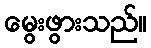
မွေးဖွားသည်။